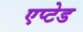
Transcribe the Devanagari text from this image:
एप्टेड